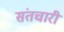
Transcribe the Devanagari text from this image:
संतचारी